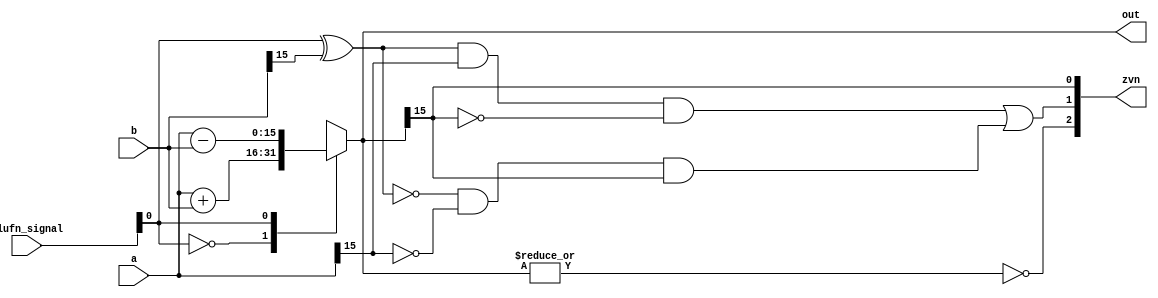
/*
   This file was generated automatically by Alchitry Labs version 1.2.7.
   Do not edit this file directly. Instead edit the original Lucid source.
   This is a temporary file and any changes made to it will be destroyed.
*/

module adder_30 (
    input [15:0] a,
    input [15:0] b,
    input [5:0] alufn_signal,
    output reg [15:0] out,
    output reg [2:0] zvn
  );
  
  
  
  reg [15:0] sum;
  
  always @* begin
    sum = 16'h0000;
    
    case (alufn_signal[0+0-:1])
      1'h0: begin
        sum = a + b;
      end
      1'h1: begin
        sum = a - b;
      end
      default: begin
        sum = 16'h0000;
      end
    endcase
    zvn[0+0-:1] = sum[15+0-:1];
    zvn[1+0-:1] = (((alufn_signal[0+0-:1] ^ b[15+0-:1]) & a[15+0-:1]) & !sum[15+0-:1]) || ((!(alufn_signal[0+0-:1] ^ b[15+0-:1]) & !a[15+0-:1]) & sum[15+0-:1]);
    zvn[2+0-:1] = ~(|sum);
    out = sum;
  end
endmodule